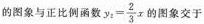
的图象与正比例函数 $$y_{2}= \frac{2}{3}x$$ 的图象交于